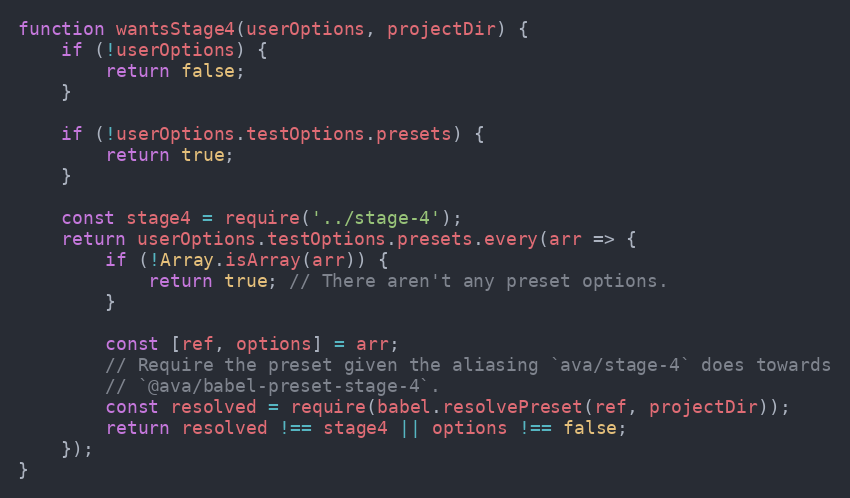
Language: JavaScript
function wantsStage4(userOptions, projectDir) {
	if (!userOptions) {
		return false;
	}

	if (!userOptions.testOptions.presets) {
		return true;
	}

	const stage4 = require('../stage-4');
	return userOptions.testOptions.presets.every(arr => {
		if (!Array.isArray(arr)) {
			return true; // There aren't any preset options.
		}

		const [ref, options] = arr;
		// Require the preset given the aliasing `ava/stage-4` does towards
		// `@ava/babel-preset-stage-4`.
		const resolved = require(babel.resolvePreset(ref, projectDir));
		return resolved !== stage4 || options !== false;
	});
}